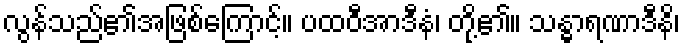
လွန်သည်၏အဖြစ်ကြောင့်။ ပထဝီအာဒီနံ၊ တို့၏။ သန္ဓာရဏာဒီနိ၊